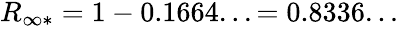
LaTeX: \begin{array}{r}{R_{\infty*}=1-0.1664...=0.8336...}\end{array}